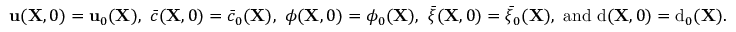
{ \bf u } ( { \bf X } , 0 ) = { \bf u } _ { 0 } ( { \bf X } ) , \, \, \bar { c } ( { \bf X } , 0 ) = \bar { c } _ { 0 } ( { \bf X } ) , \, \, \phi ( { \bf X } , 0 ) = \phi _ { 0 } ( { \bf X } ) , \, \, \bar { \xi } ( { \bf X } , 0 ) = \bar { \xi } _ { 0 } ( { \bf X } ) , \, \, \mathrm { a n d } \, \, \mathrm { d } ( { \bf X } , 0 ) = \mathrm { d } _ { 0 } ( { \bf X } ) .